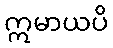
ဣမာယပိ